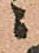
ニ